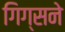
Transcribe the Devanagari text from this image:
गिग्सने